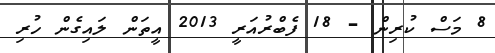
8 މަސް ކުރިން - 18 ފެބްރުއަރީ 2013 އީތަން ލައިގެން ހުރި